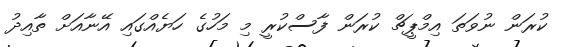
ކުރަން ނުވަތަ އިމްޕީޗް ކުރަން ފާސްކުރީ މި މަހުގެ ހަޔެއްގައި އޭނާއަށް ތާއިދު